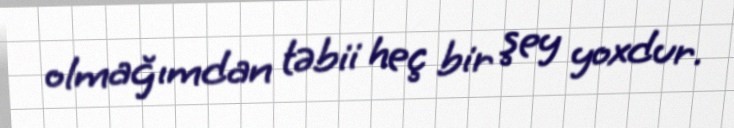
olmağımdan təbii heç bir şey yoxdur.